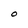
Character: O